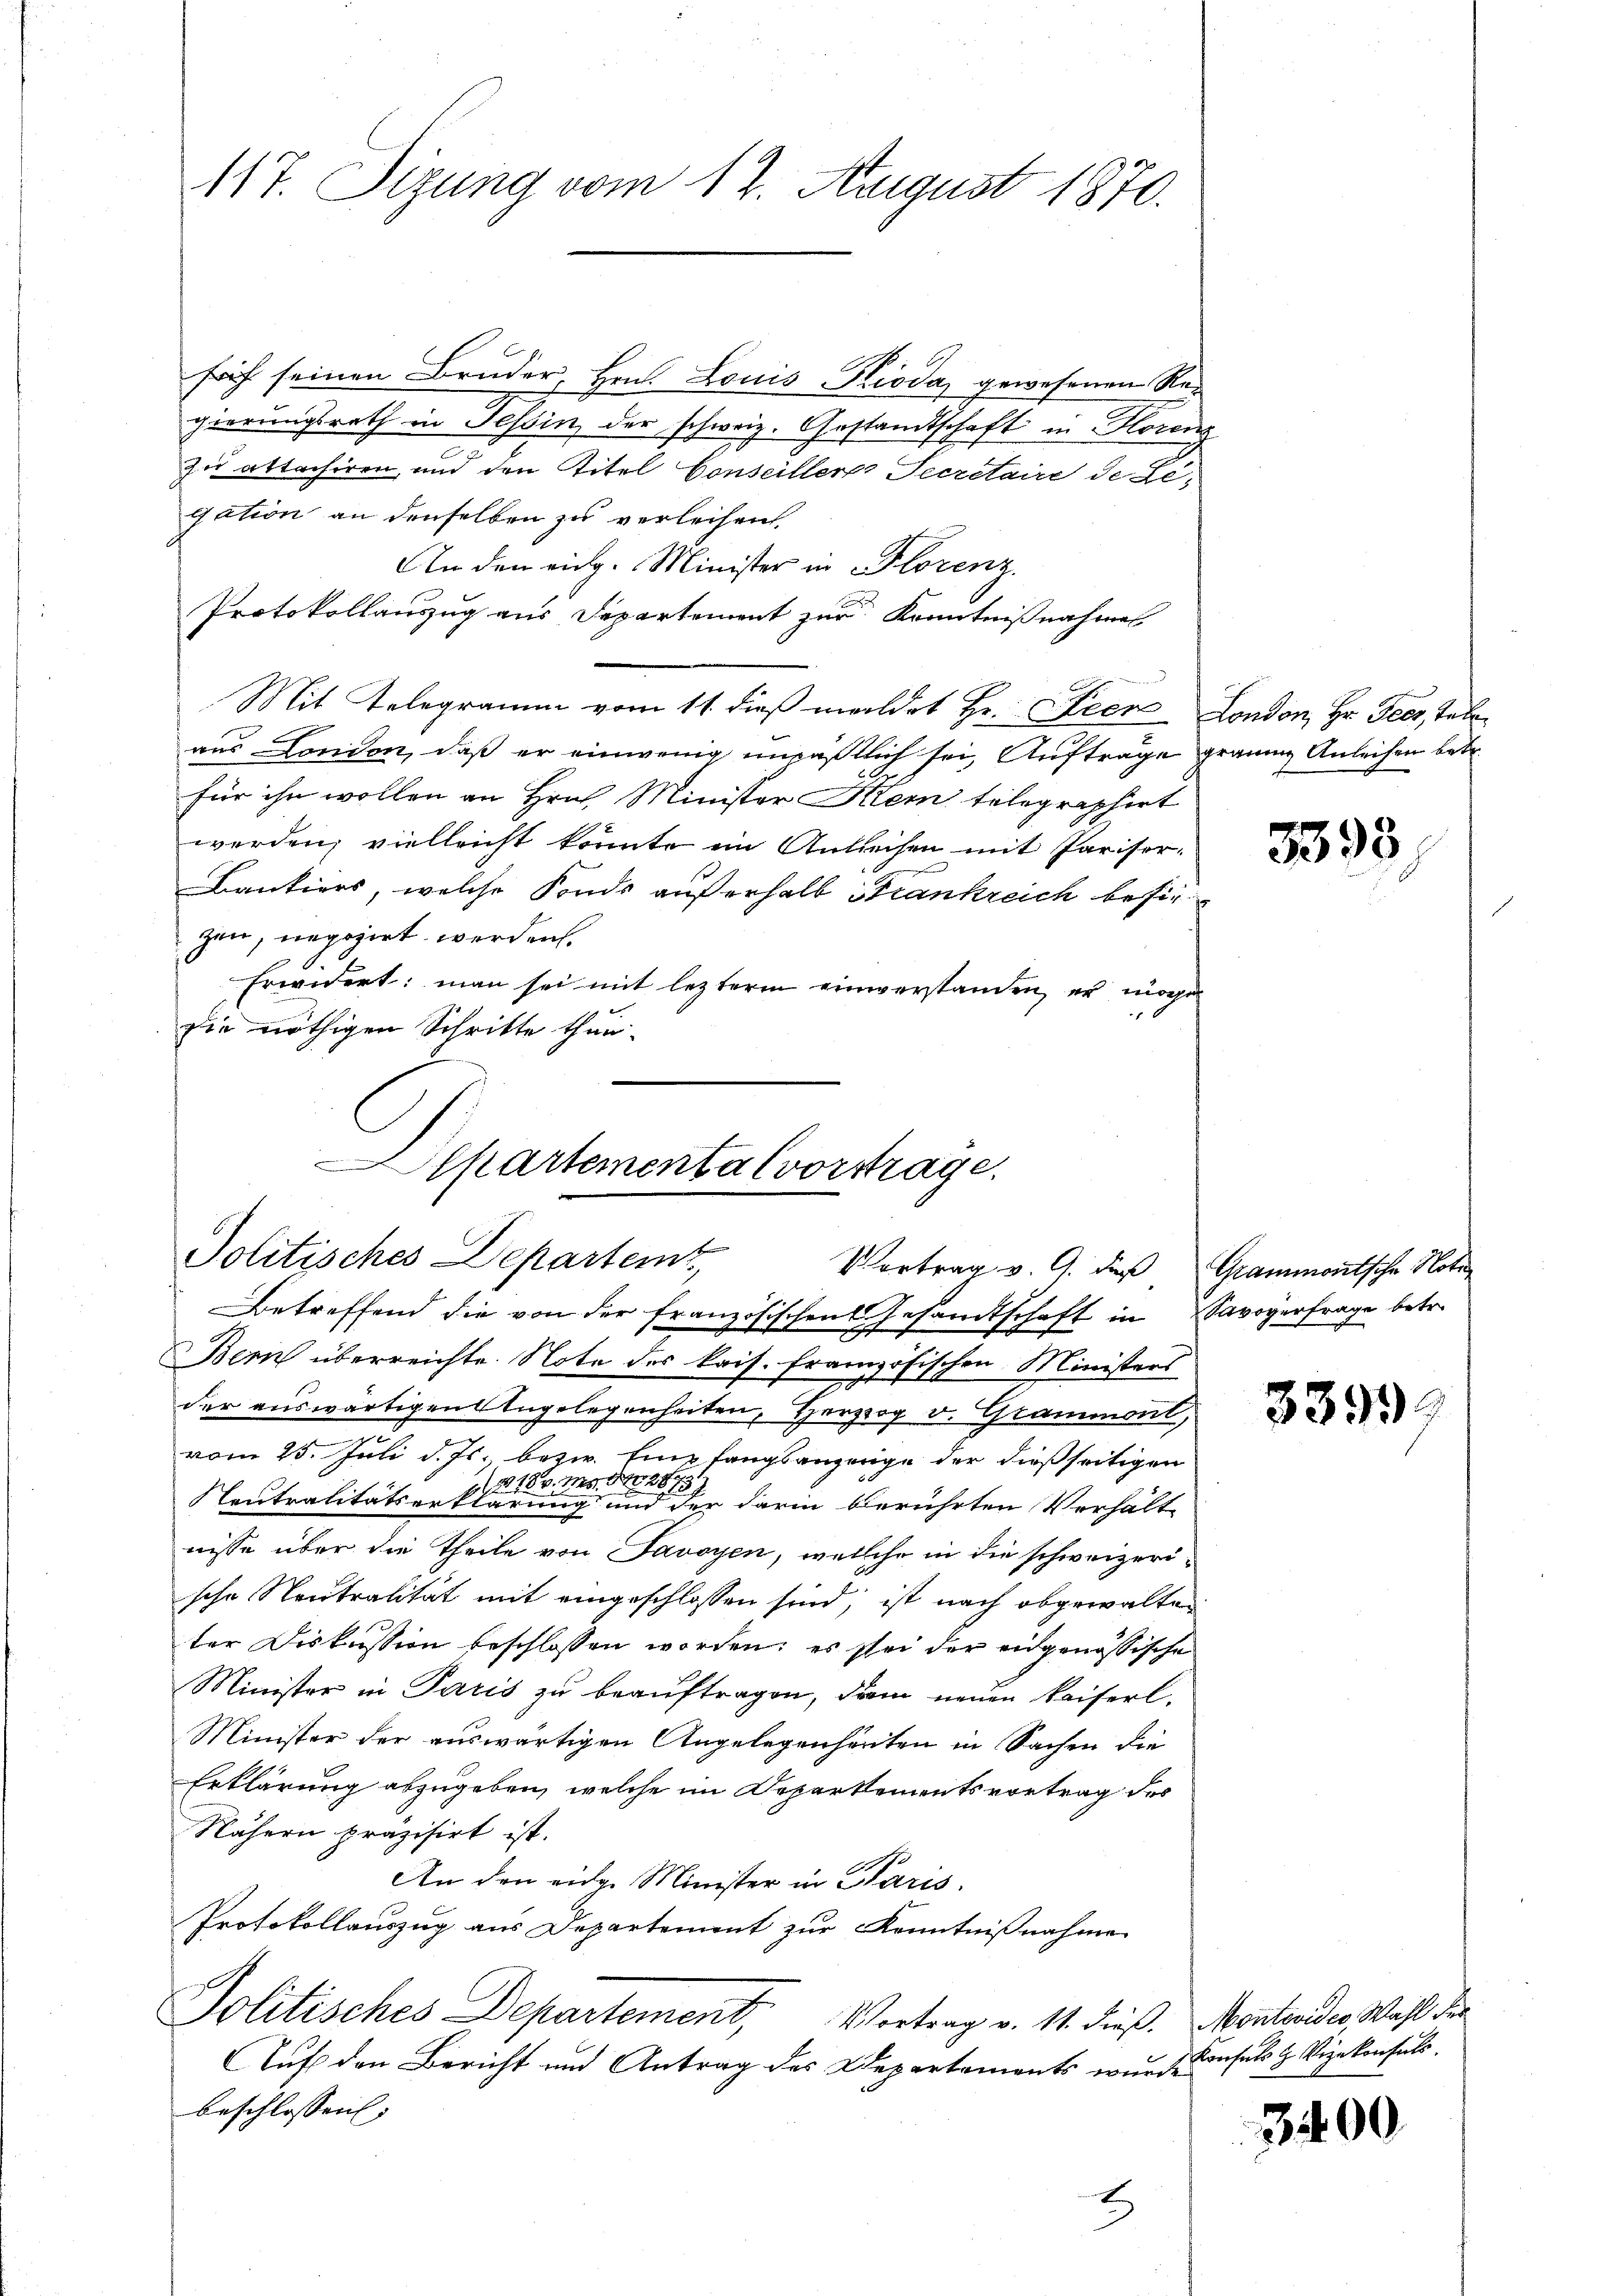
117. Sizung vom 12. August 1870.

früh seinen Bruder, Hrn. Louis Pioda, gewesenen Regierungsrath in Tessin, der schweiz. Gestandtschaft in Horns
zu attachiren, und den Titel Conseiller Secretaire de Le-
gation an denselben zu verleihen.
An den eidg. Minister in Florenz
Protokollauszug aus Departement zur Kenntnißnahme
Mit Telegramm vom 11. dieß meldet Hr. Feere London, Hr. Feer, Teleaus London, daß er einwenig unpäßlich sei, Aufträge graume Anleihen betr.
für ihn wollen an Hrn. Minister Klein telegraphirt
werden, vielleicht könnte im Anliechen mit Pariser¬
Bantiers, welche Fonds außerhalb Strankreich besie
gen, negozirt werden.
Erwidert: man sei mit lezterm einverstanden, er möge
0
die nöthigen Schritte thun.
lkartementalvorstrage.

Politisches Departemt,
Vortrag v. 9. des Grammontsche Noter

Betreffend die von der französischen Gesandtschaft in Savoyerfrage betr.
s
Bern überreichte Note des kais. französischen Ministers
7
der auswärtigen Angelegenheiten, Herzog v. Grammont,
vom 25. Juli d. Js. bezw. Empfangsanzeige der dießseitigen
818. Ms. § 287
Neutralitätserklärung und der darin berührten Verhält
nisse über die Theile von Savoyen, welche in die schweizerische Neutralität mit eingeschlossen sind; ist nach abgewalteter Diskussion beschlossen worden; es sei der eidgenössische
Minister in Paris zu beauftragen, dem neuen Kaiserl.
Minister der auswärtigen Angelegenheiten in Sachen die
Erklärung abzugeben, welche im Departementsvortrag des
Nähern präzisirt ist.
An den eidg. Minister in Paris.
Protokollauszug aus Departement zur Kenntnißnahme
Politisches Departement, Vortrag v. 11. dieß. Montraider, Wahl der
Auf den Bericht und Antrag des Departaments wir dasels H. Vizekonsuls.
beschlossen:
H

3393

3399

3400.